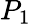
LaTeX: P_{1}